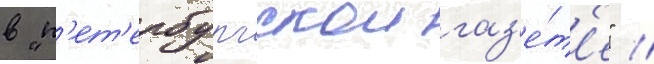
в "п'ет'ербургскои газ'е́т'е" //